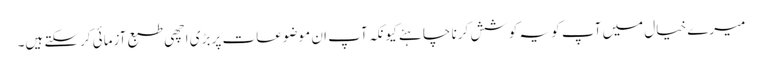
میرے خیال میں آپ کو یہ کوشش کرنا چاہئے کیونکہ آپ ان موضوعات پر بڑی اچھی طبع آزمائی کرسکتے ہیں۔